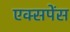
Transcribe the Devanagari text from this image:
एक्सपेंस